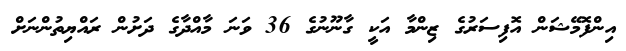
އިންފޮމޭޝަން އޮފިސަރުގެ ޒިންމާ އަކީ ގާނޫނުގެ 36 ވަނަ މާއްދާގެ ދަށުން ރައްޔިތުންނަށް